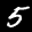
Label: 5